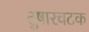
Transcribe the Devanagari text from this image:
तुषारचटक